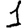
Digit: 1